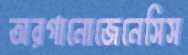
অরগানোজেনেসিস